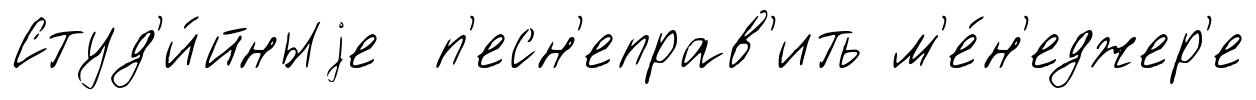
Студ'и́йныjе п'есн'еправ'ить м'е́н'еджер'е